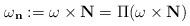
LaTeX: \begin{align*} \omega_\mathbf{n}:=\omega\times\mathbf{N}=\Pi(\omega\times\mathbf{N}) \end{align*}